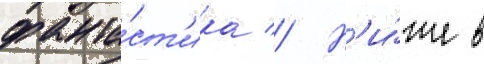
фанта́ст'ика // Н'и́же в